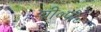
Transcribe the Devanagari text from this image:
बी०पी०